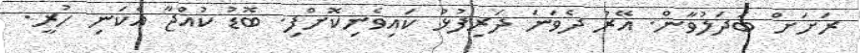
ރަށަށް ބަދަލުވާން. އޭރު ދެވަނަ ދަރިފުޅު ކައިވެނިކޮށްފި. ބޮޑު ކުއްޖާ އެކަނި ހުރީ.